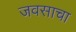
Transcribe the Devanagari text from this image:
जवसाचा